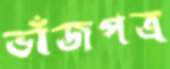
ভাঁজপত্র